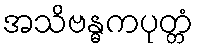
အသိဗန္ဓကပုတ္တံ